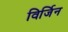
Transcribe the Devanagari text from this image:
विर्जिन